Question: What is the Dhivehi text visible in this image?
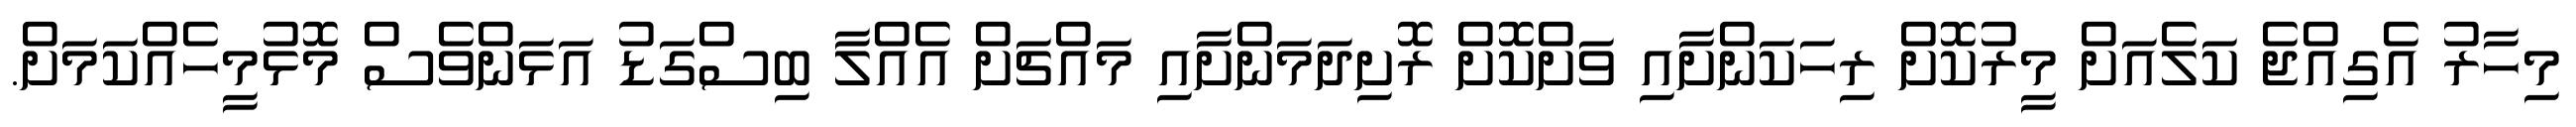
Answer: މިހާރު އެގިއްޖެ ކަލެއަށް މީރުކޮށް ރިހަކަންށާއި ވަށްކޮށް ރޮށިދަމަންށާއި މައްޗަށް އެއްލާ ބިސްގަޑު އަޅަންވެސް މޮޅުމީހެއްކަމަށް.